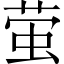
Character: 萤